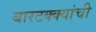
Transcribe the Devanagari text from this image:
बारटक्क्यांची